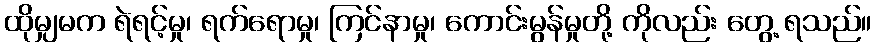
ထိုမျှမက ရဲရင့်မှု၊ ရက်ရောမှု၊ ကြင်နာမှု၊ ကောင်းမွန်မှုတို့ ကိုလည်း တွေ့ ရသည်။